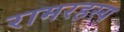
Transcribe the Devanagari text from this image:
रामरहस्य